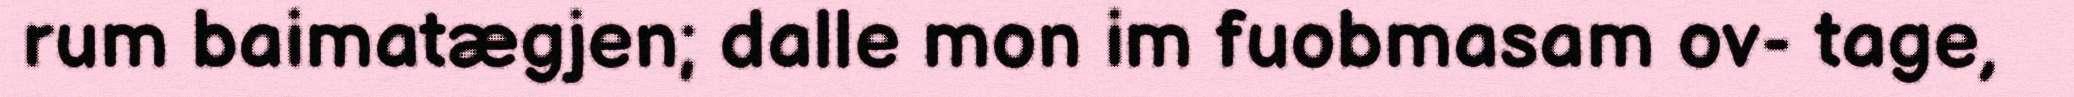
rum baimatægjen; dalle mon im fuobmasam ov- tage,